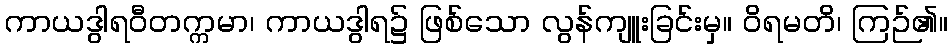
ကာယဒွါရဝီတက္ကမာ၊ ကာယဒွါရ၌ ဖြစ်သော လွန်ကျူးခြင်းမှ။ ဝိရမတိ၊ ကြဉ်၏။